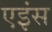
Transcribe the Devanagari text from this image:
एइंस